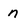
Character: n